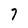
Character: 7